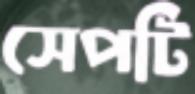
সেপটি